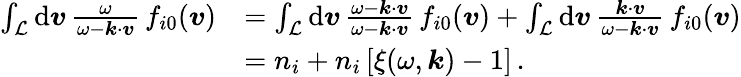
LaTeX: \begin{array}{rl}{\int_{\mathcal{L}}\mathrm{d}\boldsymbol{v}\, \frac{\omega}{\omega-\boldsymbol{k}\cdot\boldsymbol{v}}\, f_{i0}(\boldsymbol{v})}&{=\int_{\mathcal{L}}\mathrm{d}\boldsymbol{v}\, \frac{\omega-\boldsymbol{k}\cdot\boldsymbol{v}}{\omega-\boldsymbol{k}\cdot\boldsymbol{v}}\, f_{i0}(\boldsymbol{v})+\int_{\mathcal{L}}\mathrm{d}\boldsymbol{v}\, \frac{\boldsymbol{k}\cdot\boldsymbol{v}}{\omega-\boldsymbol{k}\cdot\boldsymbol{v}}\, f_{i0}(\boldsymbol{v})}\\ &{=n_{i}+n_{i}\, [\xi(\omega,\boldsymbol{k})-1]\, .}\end{array}